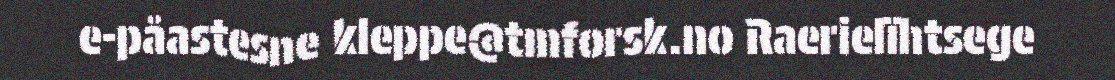
e-påastesne kleppe@tmforsk.no Raerielïhtsege